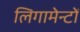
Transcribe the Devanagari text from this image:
लिगामेन्टों